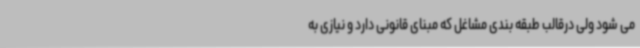
می شود ولی درقالب طبقه بندی مشاغل که مبنای قانونی دارد و نیازی به